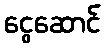
ငွေဆောင်